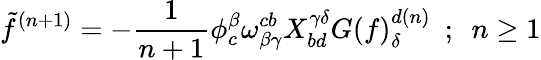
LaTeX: \tilde{f}^{(n+1)}=-{\frac{1}{n+1}}\phi_{c}^{\beta}\omega_{\beta\gamma}^{cb}X_{bd}^{\gamma\delta}G(f)_{\delta}^{d(n)}~~;~~n\ge 1